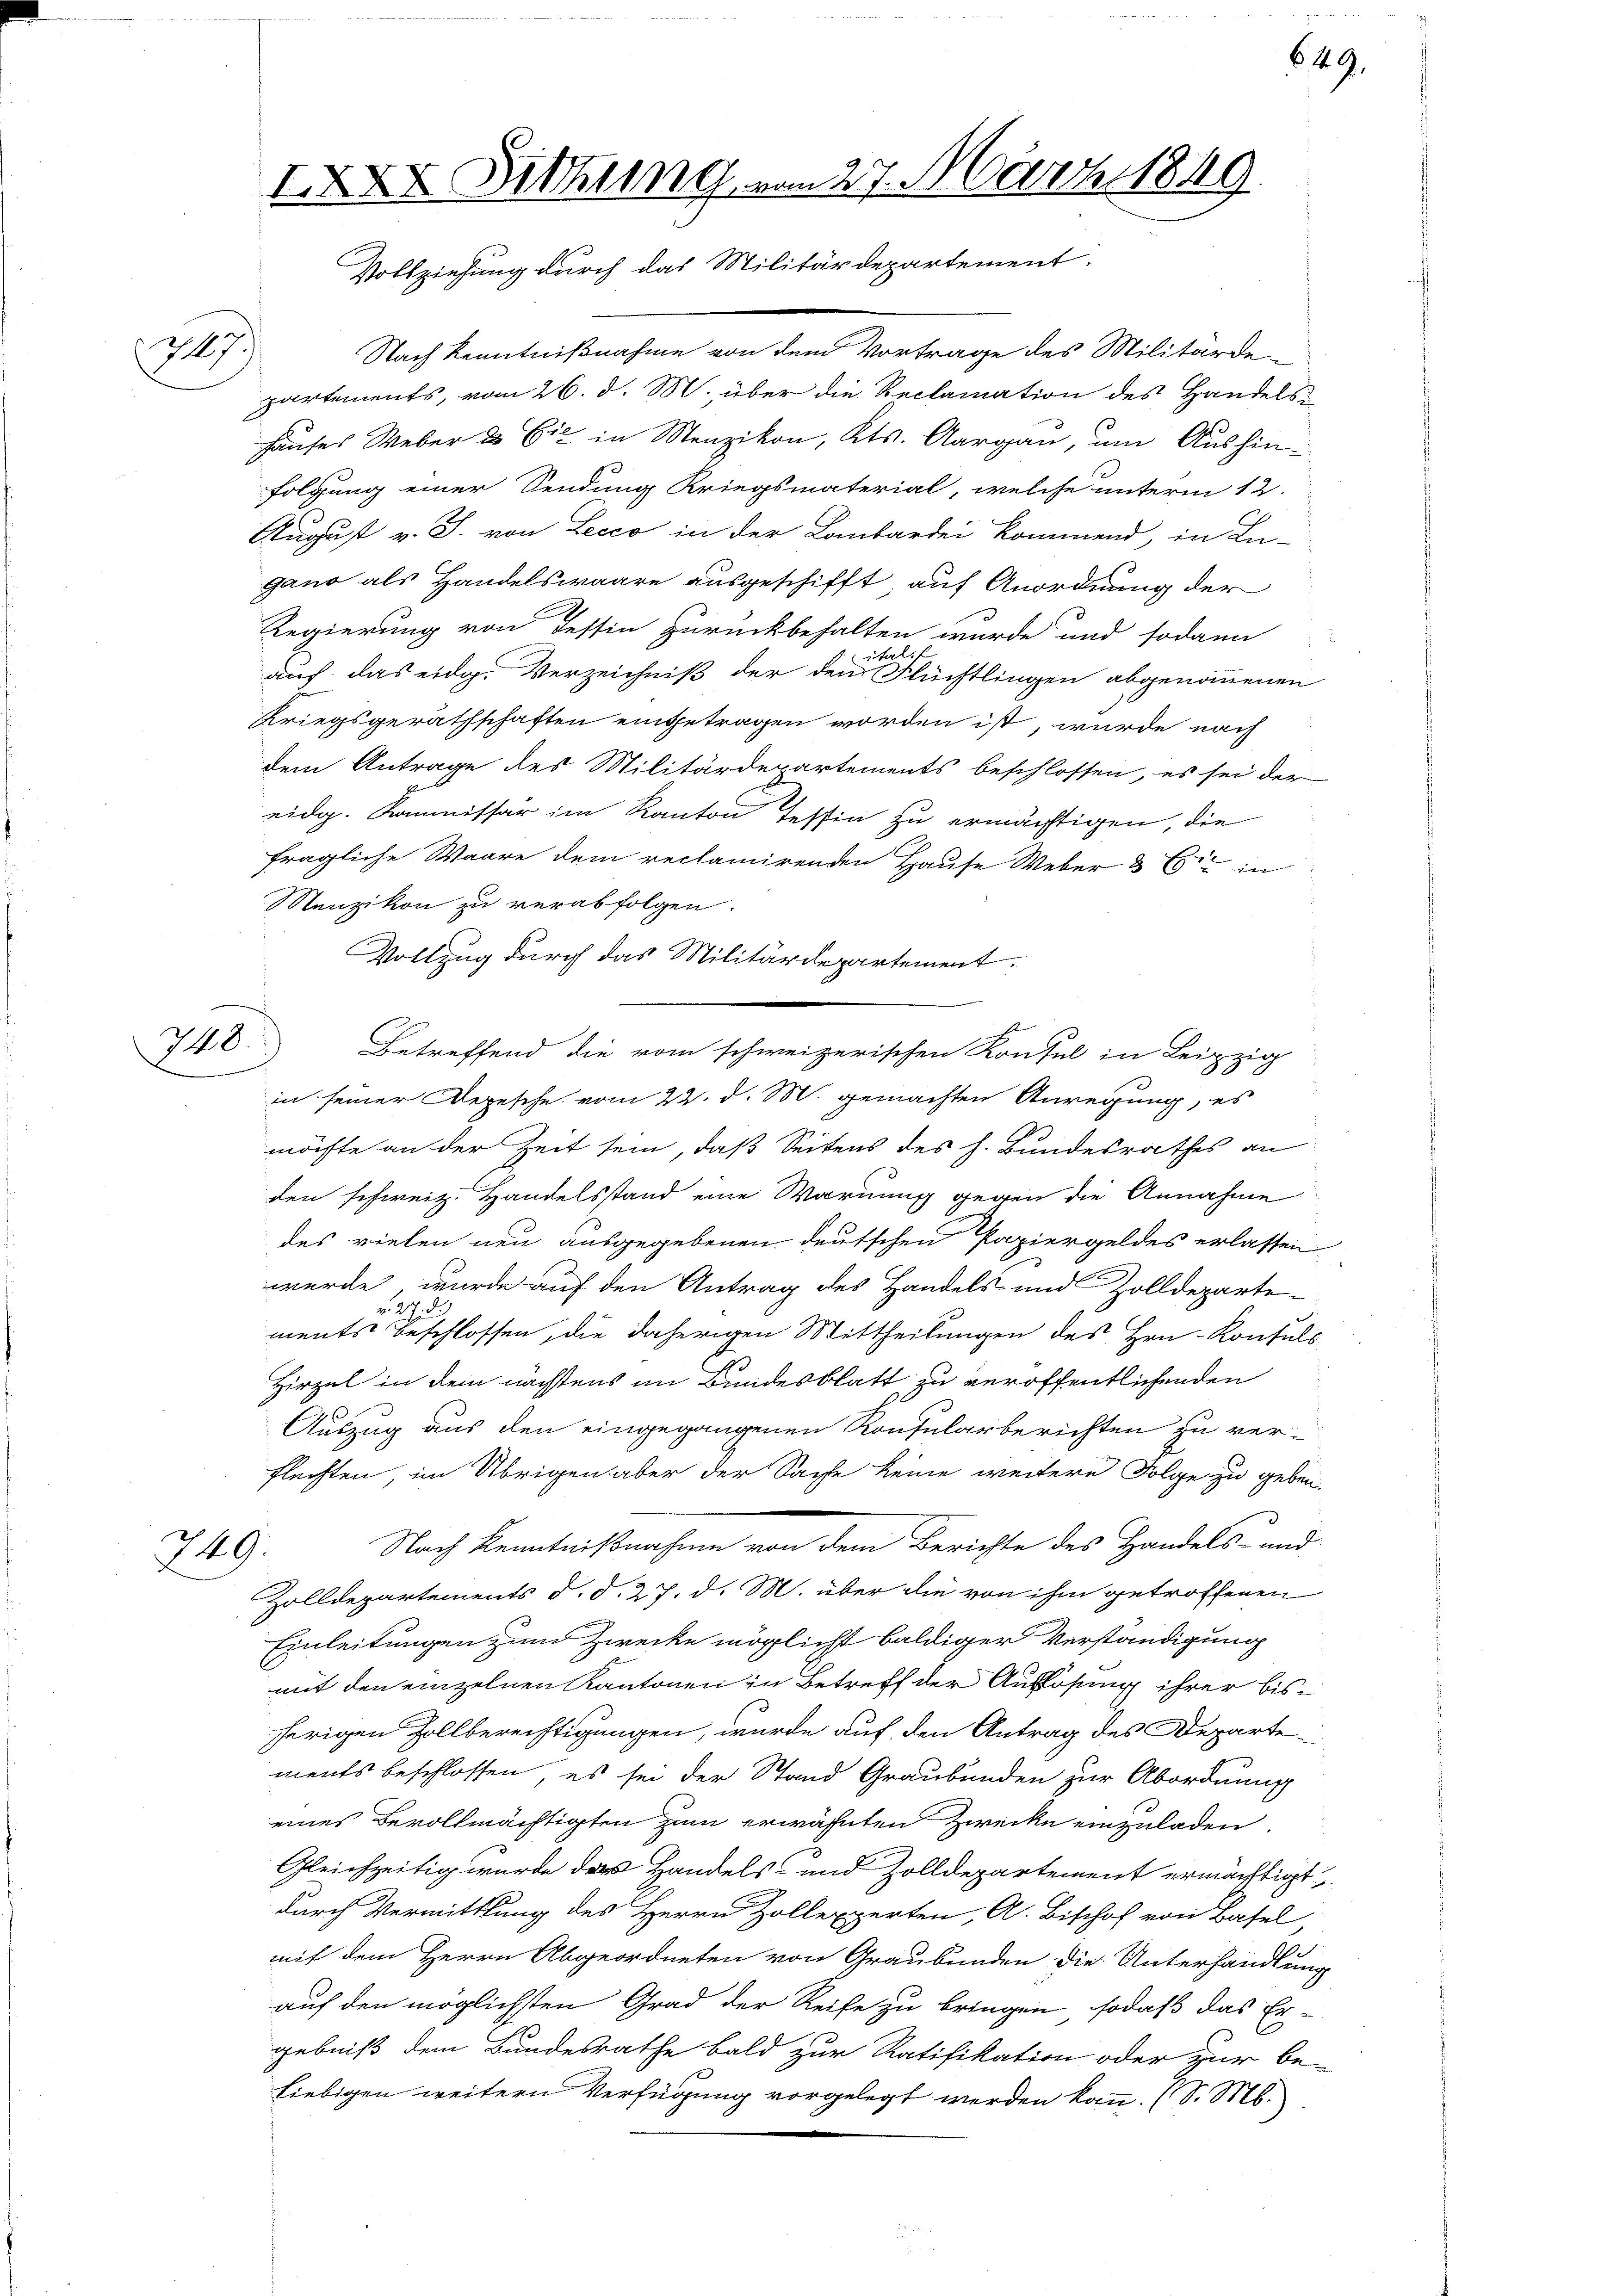
27)

748.

249.

X Sichung vom 27. März 1849
Vollziehung durch das Militärdepartement.

Nach Kenntnißnahme von dem Vortrage des Militärde-
partements, vom 26. d. M. über die Reclamation des Handelshauses Weber die Ein in Menzikon, Kts. Aargau, um Aushinfolgung einer Sendung Kriegsmaterial, welche unterm 12.
August v. J. von Lecco in der Lombardei kommend, in Lu-
gano als Handelswaare ausgeschifft, auf Anordnung der
Regierung von Tessin zurückbehalten wurde und sodann
ital
auf das eidg. Verzeichniß der den Flüchtlingen abgenommenen
Kriegsgeräthschaften eingetragen worden ist, wurde nach
dem Antrage des Militärdepartements beschlossen, es sei der
eidg. Kommissär im Kanton Tessin zu ermächtigen, die
fragliche Waare dem reclamirenden Hause Weber & in
Menzikon zu verabfolgen.
Vollzug durch das Militärdepartement.
Betreffend die vom schweizerischen Konsul in Leipzig
in seiner Depesche vom 22. d. M. gemachten Anregung, es
möchte an der Zeit sein, daß Seitens des h. Bundesrathes an
den schweiz. Handelsstand eine Warnung gegen die Annahme
des vielen neu ausgegebenen deutschen Papiergeldes erlassen
werde, wurde auf den Antrag des Handels und Zolldeparte
v. 27. d.
ments beschlossen, die daherigen Mittheilungen des Hrn. Konsuls
Hirzel in dem nächstens im Bundesblatt zu veröffentlichenden
Auszug aus den eingegangenen Konsularberichten zu verflechten, im Übrigen aber der Sache keine weitere Folge zu geben.
Nach Kenntnißnahme von dem Berichte des Handels- und
Zolldepartements d. d. 27. d. M. über die von ihm getroffenen
Einleitungen und Zwecke möglichst baldiger Verständigung
mit den einzelnen Kantonen in Betreff der Auflösung ihrer bisherigen Zollberechtigungen, wurde auf den Antrag des Departe
ments beschlossen, es sei der Stand Graubünden zur Abordnung
eines Bevollmächtigten zum erwähnten Zwecke einzuladen.
Gleichzeitig wurde das Handels- und Zolldepartement ermächtigt
durch Vermittlung des Herrn Zollexperten, A. Bischof von Basel
.
mit dem Herrn Abgeordneten von Graubünden die Unterhandlung
auf den möglichsten Grad der Reise zu bringen, sodaß das Er-
gebniß dem Bundesrathe bald zur Ratifikation oder zur be-
Liebigen weitern Verfügung vorgelegt werden kann. (S. M.

649.